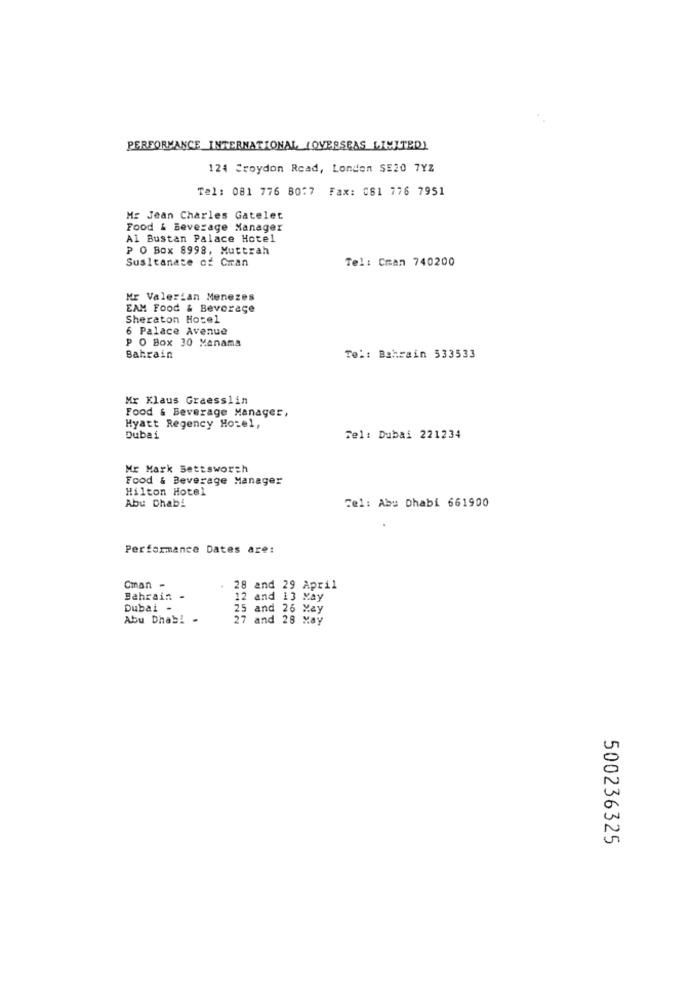
PERFORMANCE INTERNATIONAL (OVERSEAS LIMITED)
124 Croydon Road, London SE20 7YZ
Tel: 081 776 80:7 Fax: 081 776 7951
Mr Jean Charles Gatelet
Food & Beverage Manager
Al Bustan Palace Hotel
P O Box 8998, Muttrah
Susitanace of Cran
Tel: Cman 740200
Mr Valerian Menezes
EAM Food & Beverage
Sheraton Hotel
6 Palace Avenue
P O Box 30 Manama
Bahrain
Tel: Bahrain 533533
Mr Klaus Graesslin
Food & Beverage Manager,
Hyatt Regency Hotel,
Dubai
Tel: Dubai 221234
Mr Mark Settsworth
Food & Beverage Manager
Hilton Hotel
Abu Dhabi
Tel: Abu Dhabi 661900
Performance Dates are:
Cman -
28 and 29 April
Bahrain -
12 and 13 May
Dubai -
25 and 26 May
Abu Dhabi -
27 and 28 May
500236325